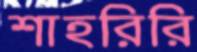
শাহরিরি